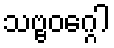
သဗ္ဗဝဂ္ဂေါ